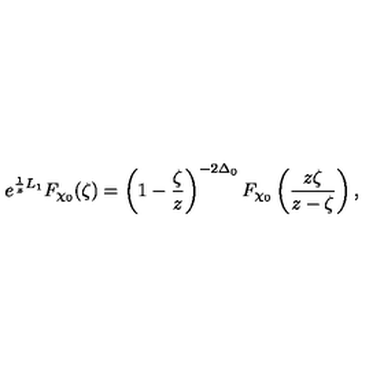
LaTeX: e ^ { { \frac { 1 } { z } } L _ { 1 } } F _ { \chi _ { 0 } } ( \zeta ) = \left( 1 - { \frac { \zeta } { z } } \right) ^ { - 2 \Delta _ { 0 } } F _ { \chi _ { 0 } } \left( { \frac { z \zeta } { z - \zeta } } \right) ,